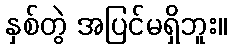
နှစ်တွဲ အပြင်မရှိဘူး။